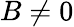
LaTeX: B\ne 0